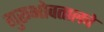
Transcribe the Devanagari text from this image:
गुरूभोवतालचे